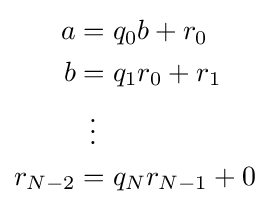
{\begin{aligned}a&=q_{0}b+r_{0}\\b&=q_{1}r_{0}+r_{1}\\&\,\,\,\vdots \\r_{N-2}&=q_{N}r_{N-1}+0\end{aligned}}